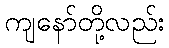
ကျနော်တို့လည်း